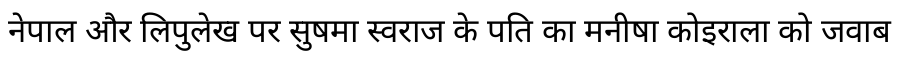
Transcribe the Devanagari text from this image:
नेपाल और लिपुलेख पर सुषमा स्वराज के पति का मनीषा कोइराला को जवाब